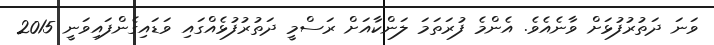
ވަނަ ދަތުރުފުޅަށް ވާނެއެވެ. އެންމެ ފުރަތަމަ ލަންކާއަށް ރަސްމީ ދަތުރުފުޅެއްގައި ވަޑައިގެންފައިވަނީ 2015